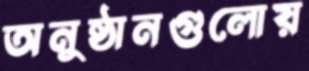
অনুষ্ঠানগুলোয়